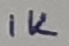
Text: 1K